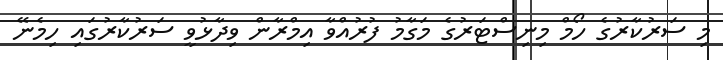
މި ސަރުކާރުގެ ހޯމް މިނިސްޓަރުގެ މަގާމު ފުރުއްވާ އިމްރާން ވިދާޅުވީ ސަރުކާރުގައި ހިމެނޭ